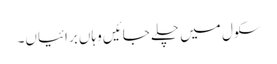
سکول میں چلے جائیں وہاں برائیاں۔